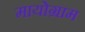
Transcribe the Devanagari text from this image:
मायोग्राम